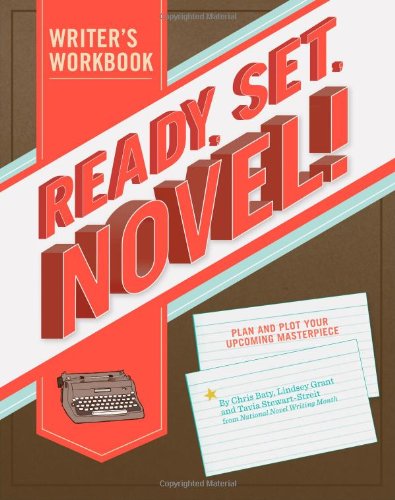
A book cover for Ready, Set, Novel!: A Workbook; Lindsey Grant; Reference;